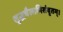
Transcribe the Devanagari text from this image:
शुद्धचैलाभिसंवृतम्।